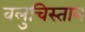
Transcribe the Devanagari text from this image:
वलुचिस्तान